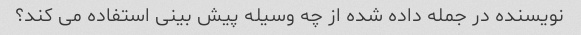
نویسنده در جمله داده شده از چه وسیله پیش بینی استفاده می کند؟